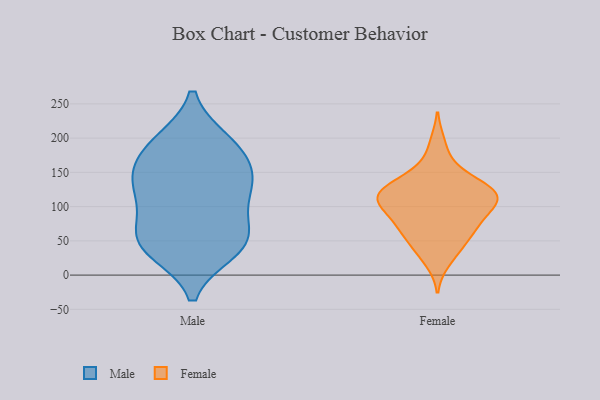
{"axis": {"x": "Customer Acquisition Cost (USD)", "y": "Value"}, "legend": ["Female", "Male"], "data": [{"x": "", "y": 195, "type": "Male"}, {"x": "", "y": 195, "type": "Male"}, {"x": "", "y": 159, "type": "Male"}, {"x": "", "y": 133, "type": "Male"}, {"x": "", "y": 90, "type": "Male"}, {"x": "", "y": 52, "type": "Male"}, {"x": "", "y": 36, "type": "Male"}, {"x": "", "y": 121, "type": "Male"}, {"x": "", "y": 41, "type": "Male"}, {"x": "", "y": 123, "type": "Male"}, {"x": "", "y": 180, "type": "Male"}, {"x": "", "y": 146, "type": "Male"}, {"x": "", "y": 48, "type": "Male"}, {"x": "", "y": 58, "type": "Male"}, {"x": "", "y": 119, "type": "Female"}, {"x": "", "y": 41, "type": "Female"}, {"x": "", "y": 82, "type": "Female"}, {"x": "", "y": 65, "type": "Female"}, {"x": "", "y": 122, "type": "Female"}, {"x": "", "y": 101, "type": "Female"}, {"x": "", "y": 122, "type": "Female"}, {"x": "", "y": 115, "type": "Female"}, {"x": "", "y": 44, "type": "Female"}, {"x": "", "y": 130, "type": "Female"}, {"x": "", "y": 110, "type": "Female"}, {"x": "", "y": 89, "type": "Female"}, {"x": "", "y": 156, "type": "Female"}, {"x": "", "y": 109, "type": "Female"}, {"x": "", "y": 144, "type": "Female"}, {"x": "", "y": 69, "type": "Female"}, {"x": "", "y": 192, "type": "Female"}, {"x": "", "y": 20, "type": "Female"}, {"x": "", "y": 70, "type": "Female"}, {"x": "", "y": 114, "type": "Female"}]}